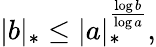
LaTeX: |b|_{*}\leq|a|_{*}^{\frac{\log b}{\log a}},